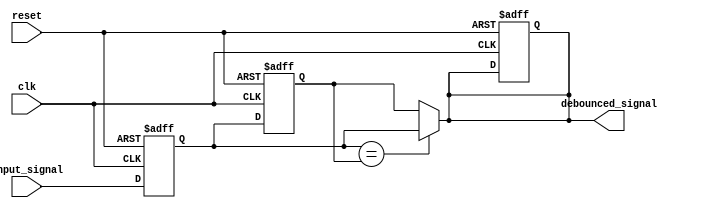
module debounce_circuit(
    input wire clk,
    input wire reset,
    input wire input_signal,
    output reg debounced_signal
);

reg current_state;
reg previous_state;

always @(posedge clk or posedge reset) begin
    if (reset) begin
        current_state <= 1'b0;
        previous_state <= 1'b0;
        debounced_signal <= 1'b0;
    end else begin
        current_state <= input_signal;
        previous_state <= current_state;
    end
end

always @(*) begin
    if (current_state == previous_state)
        debounced_signal <= current_state;
    else begin
        debounced_signal <= previous_state;
    end
end

endmodule